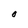
Character: O